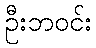
ဦးဘဝင်း